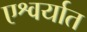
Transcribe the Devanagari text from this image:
एश्वर्यात